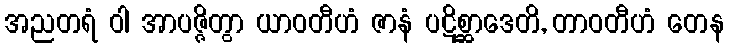
အညတရံ ဝါ အာပဇ္ဇိတွာ ယာဝတီဟံ ဇာနံ ပဋိစ္ဆာဒေတိ, တာဝတီဟံ တေန